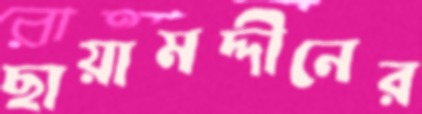
ছায়ামদ্দীনের